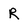
Character: R